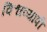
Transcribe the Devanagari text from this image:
विश्वव्‍यापी